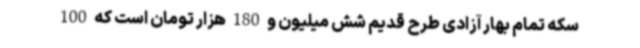
سکه تمام بهار آزادی طرح قدیم شش میلیون و 180 هزار تومان است که 100